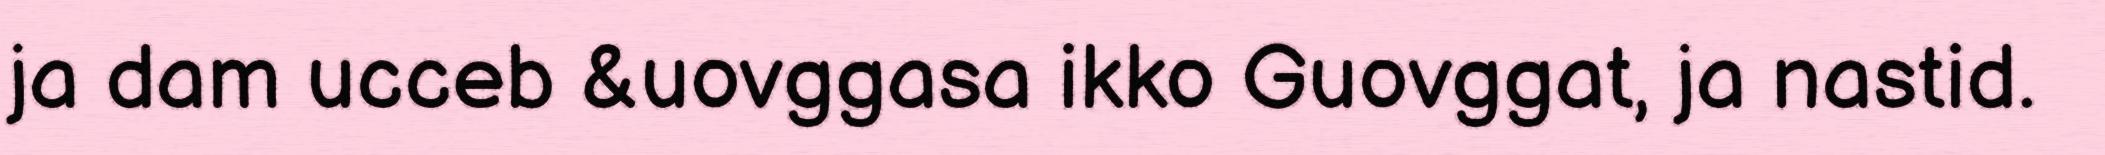
ja dam ucceb &uovggasa ikko Guovggat, ja nastid.